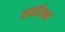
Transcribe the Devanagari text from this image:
आईटीआर